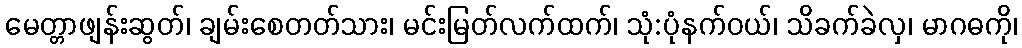
မေတ္တာဖျန်းဆွတ်၊ ချမ်းစေတတ်သား၊ မင်းမြတ်လက်ထက်၊ သုံ:ပုံနက်ဝယ်၊ သိခက်ခဲလှ၊ မာဂဓကို၊